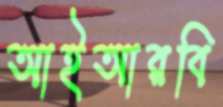
আইআরবি